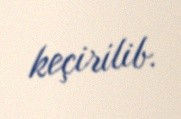
keçirilib.